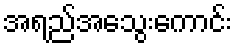
အရည်အသွေးကောင်း